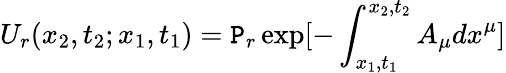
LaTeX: U_{r}(x_{2},t_{2};x_{1},t_{1})=\mathtt{P}_{r}\exp[-\int_{x_{1},t_{1}}^{x_{2},t_{2}}A_{\mu}dx^{\mu}]